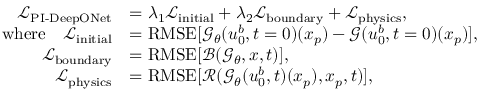
\begin{array} { r l } { \mathcal { L } _ { \operatorname { P I - D e e p O N e t } } } & { = \lambda _ { 1 } \mathcal { L } _ { \operatorname { i n i t i a l } } + \lambda _ { 2 } \mathcal { L } _ { \operatorname { b o u n d a r y } } + \mathcal { L } _ { \operatorname { p h y s i c s } } , } \\ { \mathrm { w h e r e } \quad \mathcal { L } _ { \operatorname { i n i t i a l } } } & { = \operatorname { R M S E } [ \mathcal { G } _ { \theta } ( u _ { 0 } ^ { b } , t = 0 ) ( \boldsymbol { x } _ { p } ) - \mathcal { G } ( u _ { 0 } ^ { b } , t = 0 ) ( \boldsymbol { x } _ { p } ) ] , } \\ { \mathcal { L } _ { \operatorname { b o u n d a r y } } } & { = \operatorname { R M S E } [ \mathcal { B } ( \mathcal { G } _ { \theta } , \boldsymbol { x } , t ) ] , } \\ { \mathcal { L } _ { \operatorname { p h y s i c s } } } & { = \operatorname { R M S E } [ \mathcal { R } ( \mathcal { G } _ { \theta } ( u _ { 0 } ^ { b } , t ) ( \boldsymbol { x } _ { p } ) , \boldsymbol { x } _ { p } , t ) ] , } \end{array}